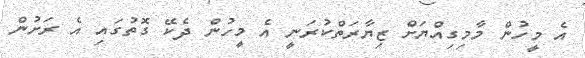
އެ މީހުން މާމިގިއްޔަށް ޒިޔާރަތްކުރަނީ އެ މީހުން ދެކޭ ގޮތުގައި އެ ރަށުން